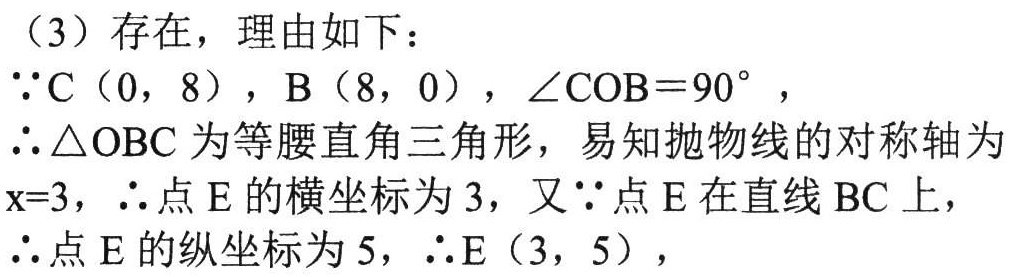
（3）存在，理由如下：
\(\because C(0,8)\)，\(B(8,0)\)，\(\angle COB = 90^{\circ}\)，
\(\therefore\triangle OBC\)为等腰直角三角形，易知抛物线的对称轴为\(x = 3\)，\(\therefore\)点\(E\)的横坐标为\(3\)，又\(\because\)点\(E\)在直线\(BC\)上，
\(\therefore\)点\(E\)的纵坐标为\(5\)，\(\therefore E(3,5)\)，